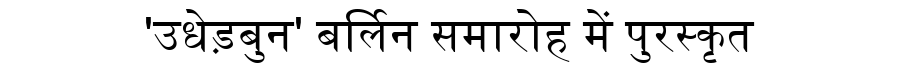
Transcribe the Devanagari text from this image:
'उधेड़बुन' बर्लिन समारोह में पुरस्कृत